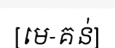
[មេ-គន់]